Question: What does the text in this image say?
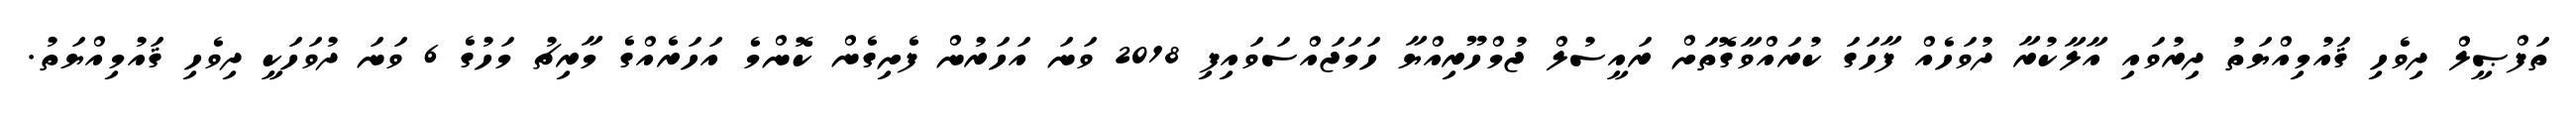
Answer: ތަފްޞީލް ދިވެހި ޤައުމިއްޔަތު ދިރުވައި އާލާކުރާ ދުވަހެއް ފާހަގަ ކުރައްވާގޮތަށް ރައީސުލް ޖުމްހޫރިއްޔާ ހަމަޖައްސަވައިފި 2018 ވަނަ އަހަރުން ފެށިގެން ކޮންމެ އަހަރެއްގެ މާރިޗު މަހުގެ 6 ވަނަ ދުވަހަކީ ދިވެހި ޤައުމިއްޔަތު.